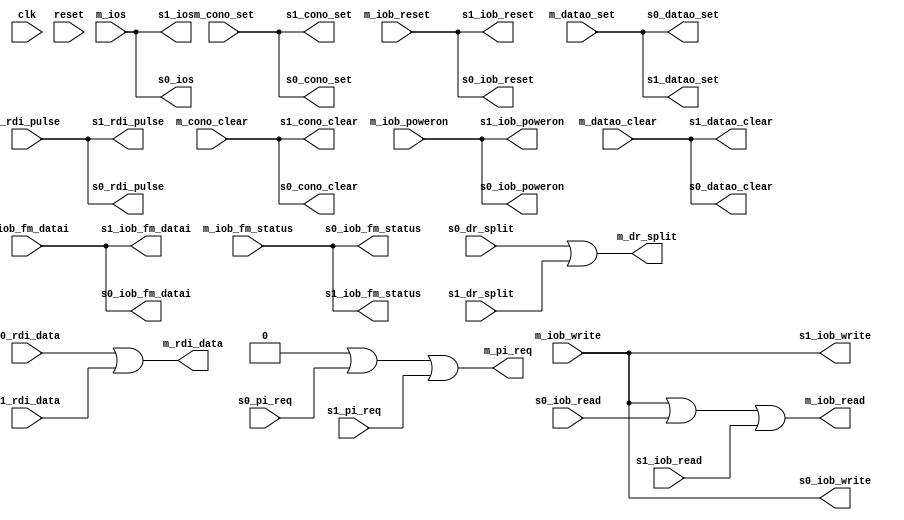
module iobus_2_connect(
	// unused
	input wire clk,
	input wire reset,

	// Master
	input wire m_iob_poweron,
	input wire m_iob_reset,
	input wire m_datao_clear,
	input wire m_datao_set,
	input wire m_cono_clear,
	input wire m_cono_set,
	input wire m_iob_fm_datai,
	input wire m_iob_fm_status,
	input wire m_rdi_pulse,
	input wire [3:9] m_ios,
	input wire [0:35] m_iob_write,
	output wire [1:7] m_pi_req,
	output wire [0:35] m_iob_read,
	output wire m_dr_split,
	output wire m_rdi_data,

	// Slave 0
	output wire s0_iob_poweron,
	output wire s0_iob_reset,
	output wire s0_datao_clear,
	output wire s0_datao_set,
	output wire s0_cono_clear,
	output wire s0_cono_set,
	output wire s0_iob_fm_datai,
	output wire s0_iob_fm_status,
	output wire s0_rdi_pulse,
	output wire [3:9] s0_ios,
	output wire [0:35] s0_iob_write,
	input wire [1:7] s0_pi_req,
	input wire [0:35] s0_iob_read,
	input wire s0_dr_split,
	input wire s0_rdi_data,

	// Slave 1
	output wire s1_iob_poweron,
	output wire s1_iob_reset,
	output wire s1_datao_clear,
	output wire s1_datao_set,
	output wire s1_cono_clear,
	output wire s1_cono_set,
	output wire s1_iob_fm_datai,
	output wire s1_iob_fm_status,
	output wire s1_rdi_pulse,
	output wire [3:9] s1_ios,
	output wire [0:35] s1_iob_write,
	input wire [1:7] s1_pi_req,
	input wire [0:35] s1_iob_read,
	input wire s1_dr_split,
	input wire s1_rdi_data
);
	assign m_pi_req = 0 | s0_pi_req | s1_pi_req;
	assign m_iob_read = m_iob_write | s0_iob_read | s1_iob_read;
	assign m_dr_split = 0 | s0_dr_split | s1_dr_split;
	assign m_rdi_data = 0 | s0_rdi_data | s1_rdi_data;


	assign s0_iob_poweron = m_iob_poweron;
	assign s0_iob_reset = m_iob_reset;
	assign s0_datao_clear = m_datao_clear;
	assign s0_datao_set = m_datao_set;
	assign s0_cono_clear = m_cono_clear;
	assign s0_cono_set = m_cono_set;
	assign s0_iob_fm_datai = m_iob_fm_datai;
	assign s0_iob_fm_status = m_iob_fm_status;
	assign s0_rdi_pulse = m_rdi_pulse;
	assign s0_ios = m_ios;
	assign s0_iob_write = m_iob_write;

	assign s1_iob_poweron = m_iob_poweron;
	assign s1_iob_reset = m_iob_reset;
	assign s1_datao_clear = m_datao_clear;
	assign s1_datao_set = m_datao_set;
	assign s1_cono_clear = m_cono_clear;
	assign s1_cono_set = m_cono_set;
	assign s1_iob_fm_datai = m_iob_fm_datai;
	assign s1_iob_fm_status = m_iob_fm_status;
	assign s1_rdi_pulse = m_rdi_pulse;
	assign s1_ios = m_ios;
	assign s1_iob_write = m_iob_write;
endmodule